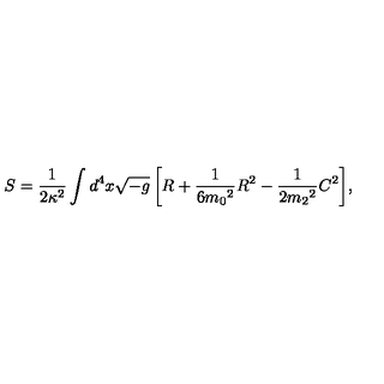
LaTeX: S = \frac { 1 } { 2 \kappa ^ { 2 } } \int { d ^ { 4 } x \sqrt { - g } \left[ R + \frac { 1 } { 6 { m _ { 0 } } ^ { 2 } } R ^ { 2 } - \frac { 1 } { 2 { m _ { 2 } } ^ { 2 } } C ^ { 2 } \right] } ,